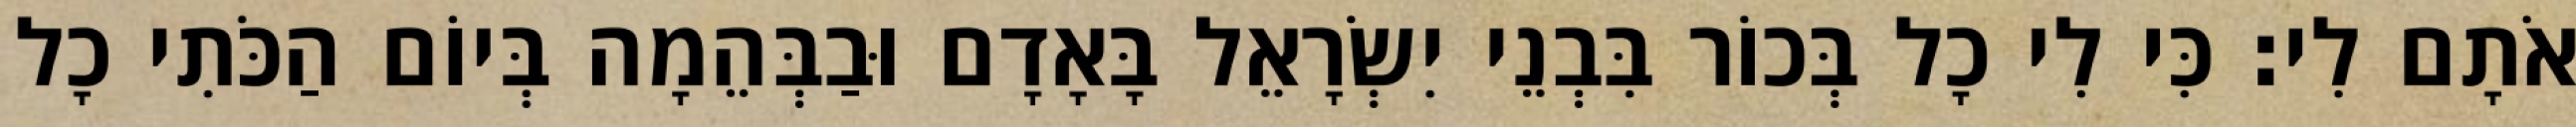
אֹתָם לִי׃ כִּי לִי כָל בְּכוֹר בִּבְנֵי יִשְׂרָאֵל בָּאָדָם וּבַבְּהֵמָה בְּיוֹם הַכֹּתִי כָל